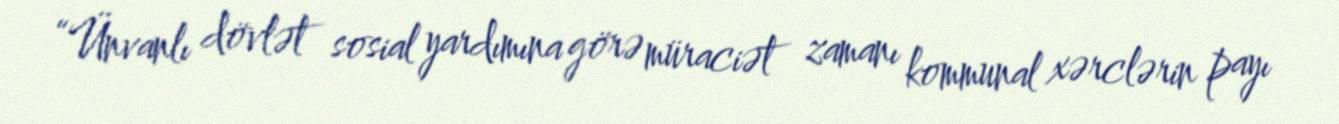
“Ünvanlı dövlət sosial yardımına görə müraciət zamanı kommunal xərclərin payı